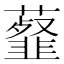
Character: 𧂊